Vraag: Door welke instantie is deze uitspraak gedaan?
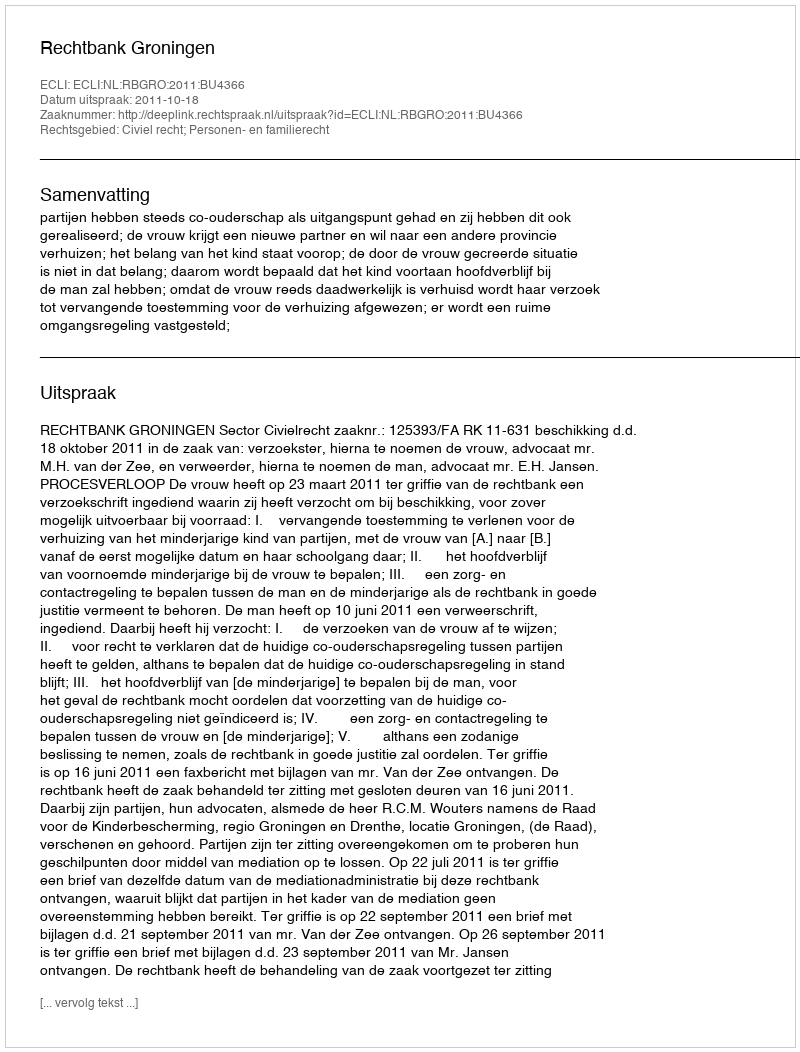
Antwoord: Rechtbank Groningen